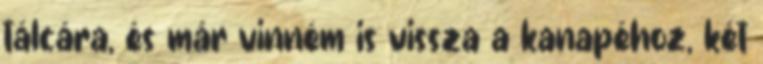
tálcára, és már vinném is vissza a kanapéhoz, két